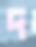
দ